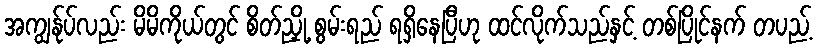
အကျွန်ုပ်လည်း မိမိကိုယ်တွင် စိတ်ညှို့ စွမ်းရည် ရရှိနေပြီဟု ထင်လိုက်သည်နှင့် တစ်ပြိုင်နက် တပည့်